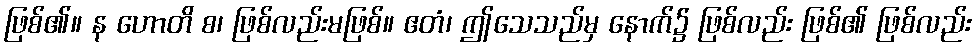
ဖြစ်၏။ န ဟောတိ စ၊ ဖြစ်လည်းမဖြစ်။ ဧတံ၊ ဤသေသည်မှ နောက်၌ ဖြစ်လည်း ဖြစ်၏ ဖြစ်လည်း